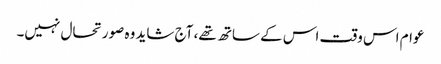
عوام اس وقت اس کے ساتھ تھے، آج شاید وہ صورتحال نہیں۔